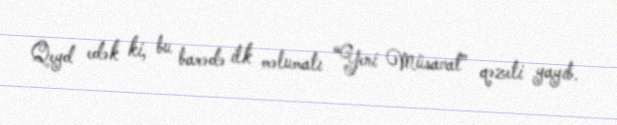
Qeyd edək ki, bu barədə ilk məlumatı “Yeni Müsavat” qəzeti yayıb.